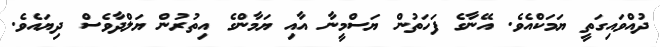
ދުއްވައިގަތީ ޔަމަކްއެވެ. އޭނާގެ ފަހަތުން ޔަސްމީނާ އާއި ޔަމާންގެ އިތުރުން ޔަލްދާވެސް ދިޔައެވެ.